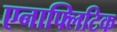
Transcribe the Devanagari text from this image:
एनाफ्लिटिक